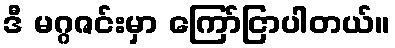
ဒီ မဂ္ဂဇင်းမှာ ကြော်ငြာပါတယ်။